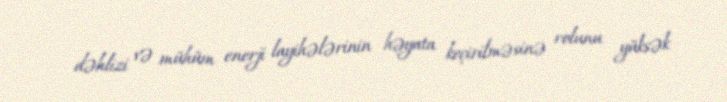
dəhlizi və mühüm enerji layihələrinin həyata keçirilməsinə rolunu yüksək